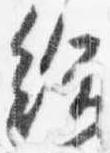
給